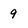
Character: 9